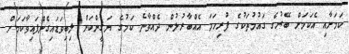
ކަމަށާއި އެކަމަށް ބޭރުގެ ގައުމުތަކުގެ ފުރިހަމަ އެއްބާރުލުން ދެއްވާނެ ކަމުގެ ޔަޤީންކަން ލިބިވަޑައިގެންފައިވާކަމަށް